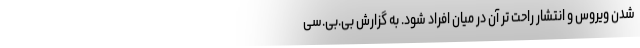
شدن ویروس و انتشار راحت تر آن در میان افراد شود. به گزارش بی.بی.سی